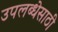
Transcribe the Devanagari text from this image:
उपलब्धेसाठी